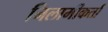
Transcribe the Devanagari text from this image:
निलामीकर्ता